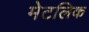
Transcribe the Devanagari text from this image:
मेटलिक